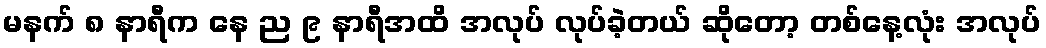
မနက် ၈ နာရီက နေ ည ၉ နာရီအထိ အလုပ် လုပ်ခဲ့တယ် ဆိုတော့ တစ်နေ့လုံး အလုပ်